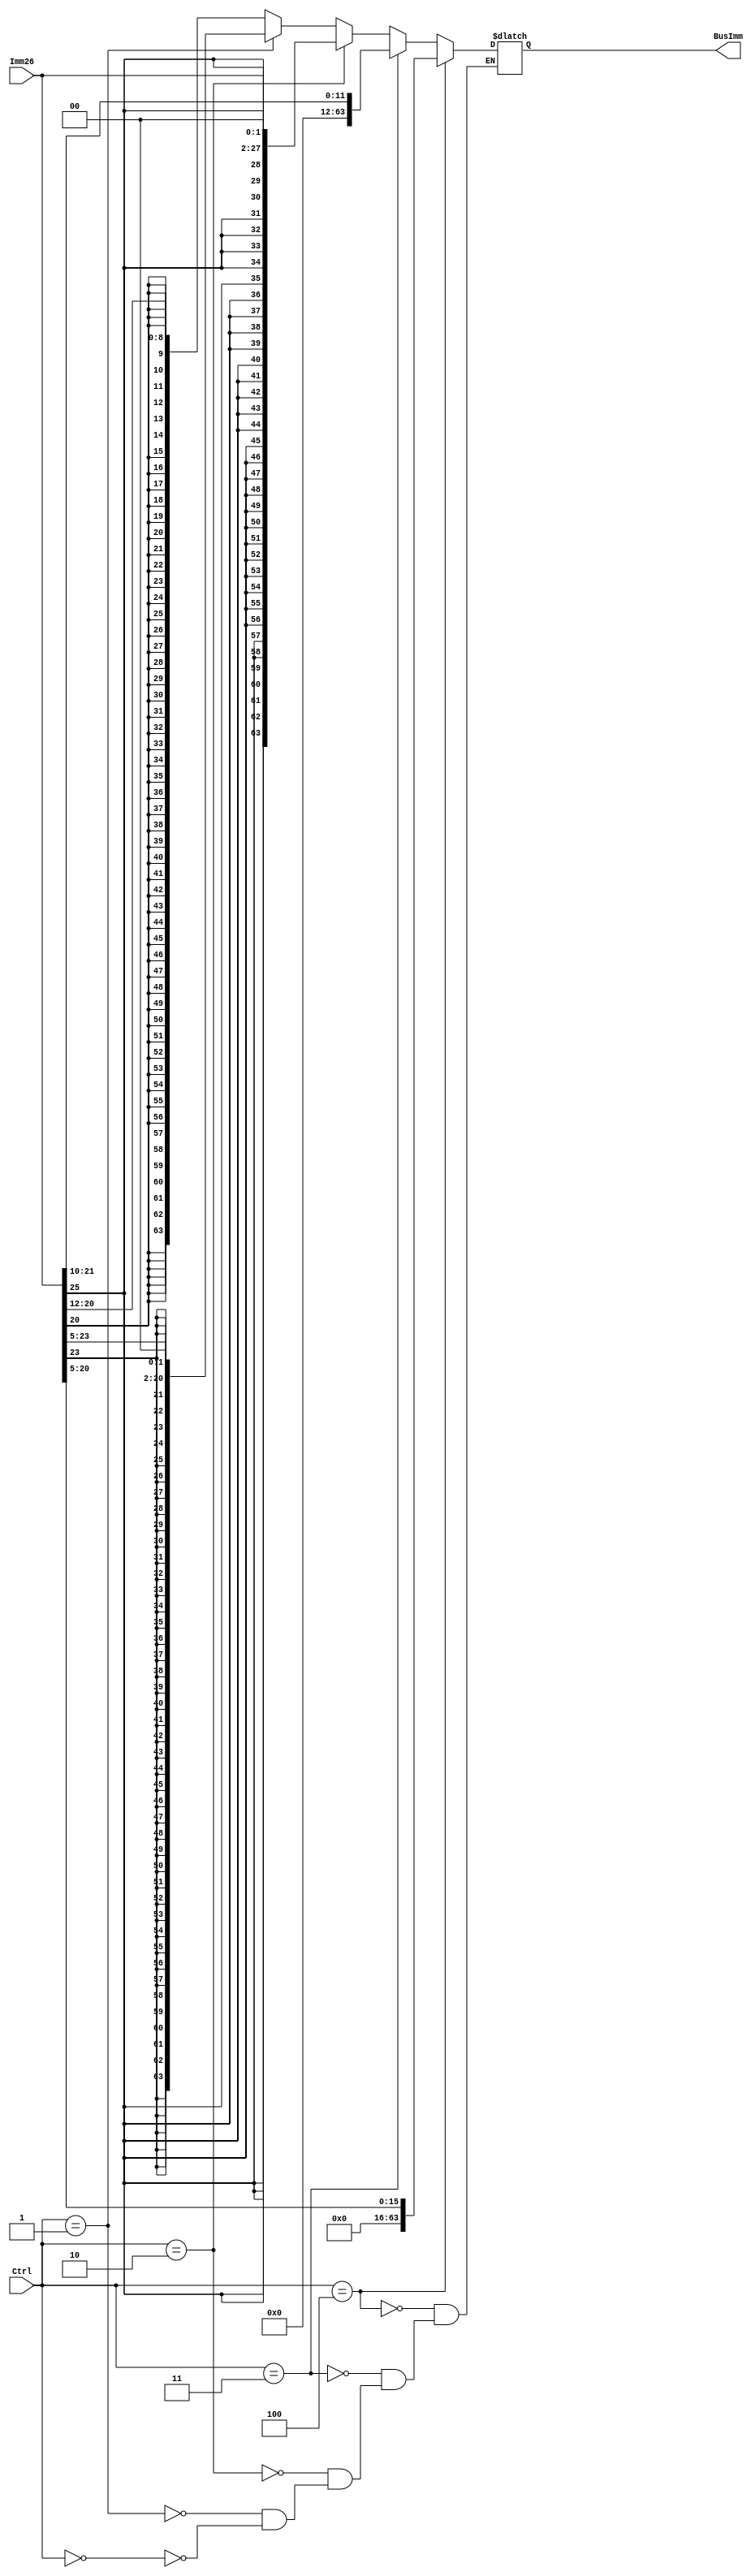
module SignExtender(BusImm, Imm26, Ctrl);
   output [63:0] BusImm;
   input [25:0] Imm26;
   input [2:0] Ctrl;
   
   
   reg [63:0] oReg;
   
   //reg exitBit;
   always @(*)
   
      begin
         if(Ctrl == 0)//Sign Extend D-Type
           begin
            //exitBit <= Imm26[20];
            oReg = {{55{Imm26[20]}}, Imm26[20:12]};
           end
         if(Ctrl == 1) //CBZ Type
           begin
            //exitBit <= Imm26[23];
            oReg = {{43{Imm26[23]}}, Imm26[23:5], 2'b0};
           end
         if(Ctrl == 2) //B Type
           begin
            //exitBit <= Imm26[25];
            oReg = {{36{Imm26[25]}}, Imm26[25:0], 2'b0};
           end
         if(Ctrl == 3) //I-Type
           begin
            //exitBit <= 1'b0;
            oReg = {52'b0, Imm26[21:10]};
           end
         if(Ctrl == 4) //MOVZ
           begin
            //exitBit <= 1'b0;
            oReg = {48'b0, Imm26[20:5]};
           end
      end
   
   assign BusImm = oReg;
endmodule